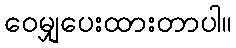
ဝေမျှပေးထားတာပါ။